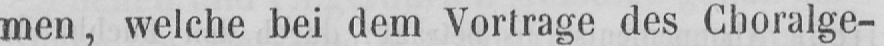
men, welche bei dem Vortrage des Choralge-